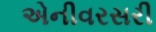
એનીવરસરી